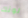
لونك